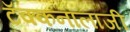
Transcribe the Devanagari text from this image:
टॅक्कनालाजी